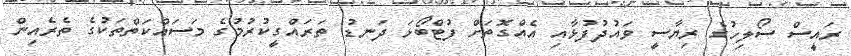
ރައީސް ސޯލިހުގެ ރިޔާސީ ވައުދުފުޅާއި އެއްގޮތަށް ފުޓްބޯޅަ ދަނޑު ތަރައްގީކުރުމުގެ މަސައްކަތްތަކުގެ ތެރެއިން